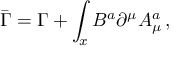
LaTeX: \bar { \Gamma } = \Gamma + \displaystyle \int _ { x } B ^ { a } { \partial } ^ { \mu } A _ { \mu } ^ { a } \, ,